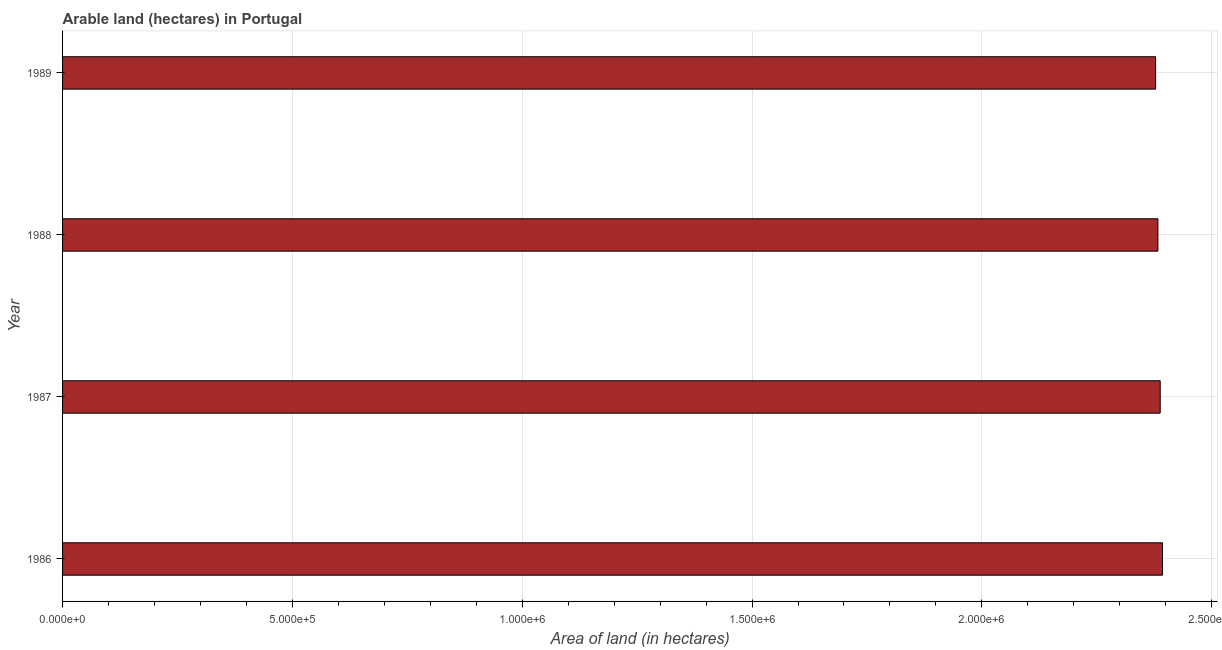
| Year | Area of land |
 | --- | --- |
 | 1986 | 2.39e+06 |
 | 1987 | 2.39e+06 |
 | 1988 | 2.38e+06 |
 | 1989 | 2.38e+06 |